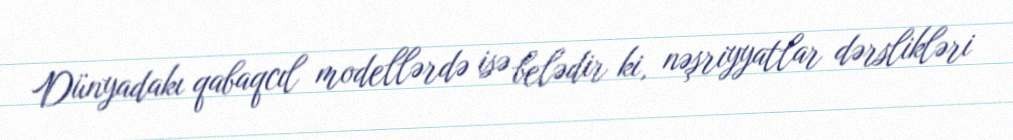
Dünyadakı qabaqcıl modellərdə isə belədir ki, nəşriyyatlar dərslikləri